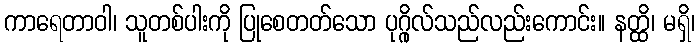
ကာရေတာဝါ၊ သူတစ်ပါးကို ပြုစေတတ်သော ပုဂ္ဂိုလ်သည်လည်းကောင်း။ နတ္ထိ၊ မရှိ၊